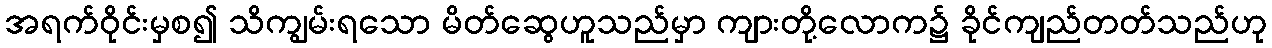
အရက်ဝိုင်းမှစ၍ သိကျွမ်းရသော မိတ်ဆွေဟူသည်မှာ ကျားတို့လောက၌ ခိုင်ကျည်တတ်သည်ဟု